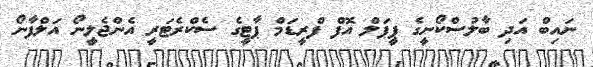
ނައިބް އަދި ބާލުސްކޯނީގެ ޕީޕަލް އޮފް ފްރީޑަމް ޕާޓީގެ ސެކްރެޓަރީ އެންޖެލީނޯ އަލްފާނޯ